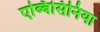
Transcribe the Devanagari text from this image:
एब्बिसिनिया